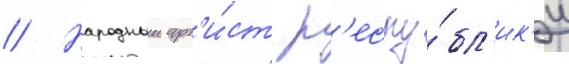
// Народныи арт'и́ст р'еспу́бл'ик'и